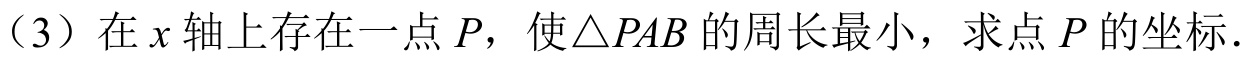
（3）在\(x\)轴上存在一点\(P\)，使\(\triangle PAB\)的周长最小，求点\(P\)的坐标.